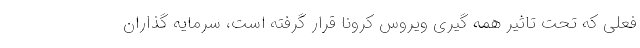
فعلی که تحت تاثیر همه گیری ویروس کرونا قرار گرفته است، سرمایه گذاران